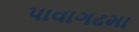
પાવાગઢમા